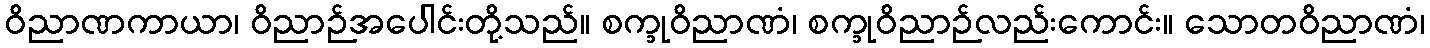
ဝိညာဏကာယာ၊ ဝိညာဉ်အပေါင်းတို့သည်။ စက္ခုဝိညာဏံ၊ စက္ခုဝိညာဉ်လည်းကောင်း။ သောတဝိညာဏံ၊